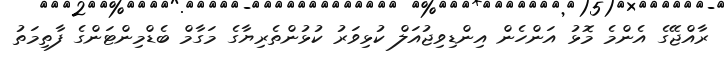
ރާއްޖޭގެ އެންމެ މޮޅު އަންހެން އިންޑިވިޖުއަލް ކުޅިވަރު ކުޅުންތެރިޔާގެ މަގާމް ބެޑްމިންޓަންގެ ފާތިމަތު